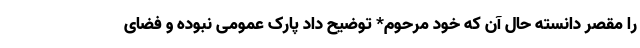
را مقصر دانسته حال آن که خود مرحوم* توضیح داد پارک عمومی نبوده و فضای